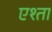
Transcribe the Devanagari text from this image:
एश्ता